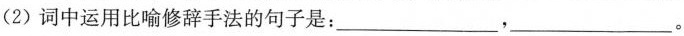
(2)词中运用比喻修辞手法的句子是：___，___。